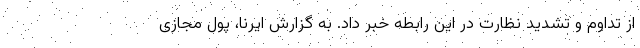
از تداوم و تشدید نظارت در این رابطه خبر داد. به گزارش ایرنا، پول مجازی